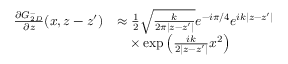
\begin{array} { r l } { \frac { \partial G _ { 2 D } ^ { - } } { \partial z } ( x , z - z ^ { \prime } ) } & { \approx \frac { 1 } { 2 } \sqrt { \frac { k } { 2 \pi | z - z ^ { \prime } | } } e ^ { - i \pi / 4 } e ^ { i k | z - z ^ { \prime } | } } \\ & { \quad \times \exp \left( \frac { i k } { 2 | z - z ^ { \prime } | } x ^ { 2 } \right) } \end{array}